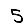
Digit: 5